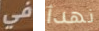
في نهدأ